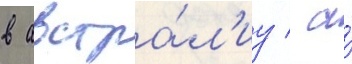
в австра́л'иу / а́